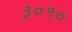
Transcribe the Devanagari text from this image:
३०१०